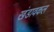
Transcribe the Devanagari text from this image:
खंडावकल